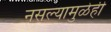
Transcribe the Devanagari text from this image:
नसल्यामुळेही